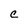
Character: C